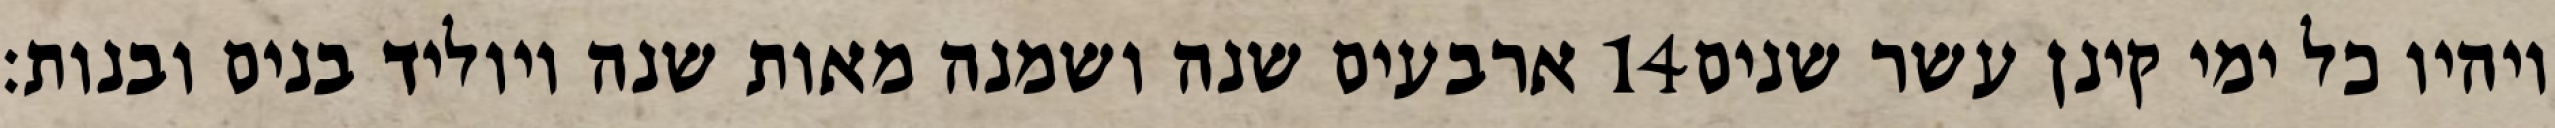
ארבעים שנה ושמנה מאות שנה ויוליד בנים ובנות׃ ‎14‏ ויהיו כל ימי קינן עשר שנים